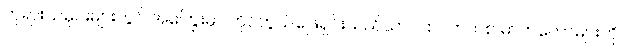
ဘုရားသမိုင်းများတွင် အကြွေးမှာ ကိုင်တွယ်ဖြေရှင်းသည်သာ ပါစပက်တစ် ဓာတ်တော်များကို